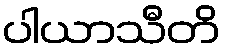
ပါယာသီတိ